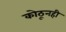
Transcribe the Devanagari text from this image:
कोठूनही